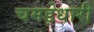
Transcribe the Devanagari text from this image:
चमड़ेधारी